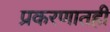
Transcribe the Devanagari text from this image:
प्रकरणातही